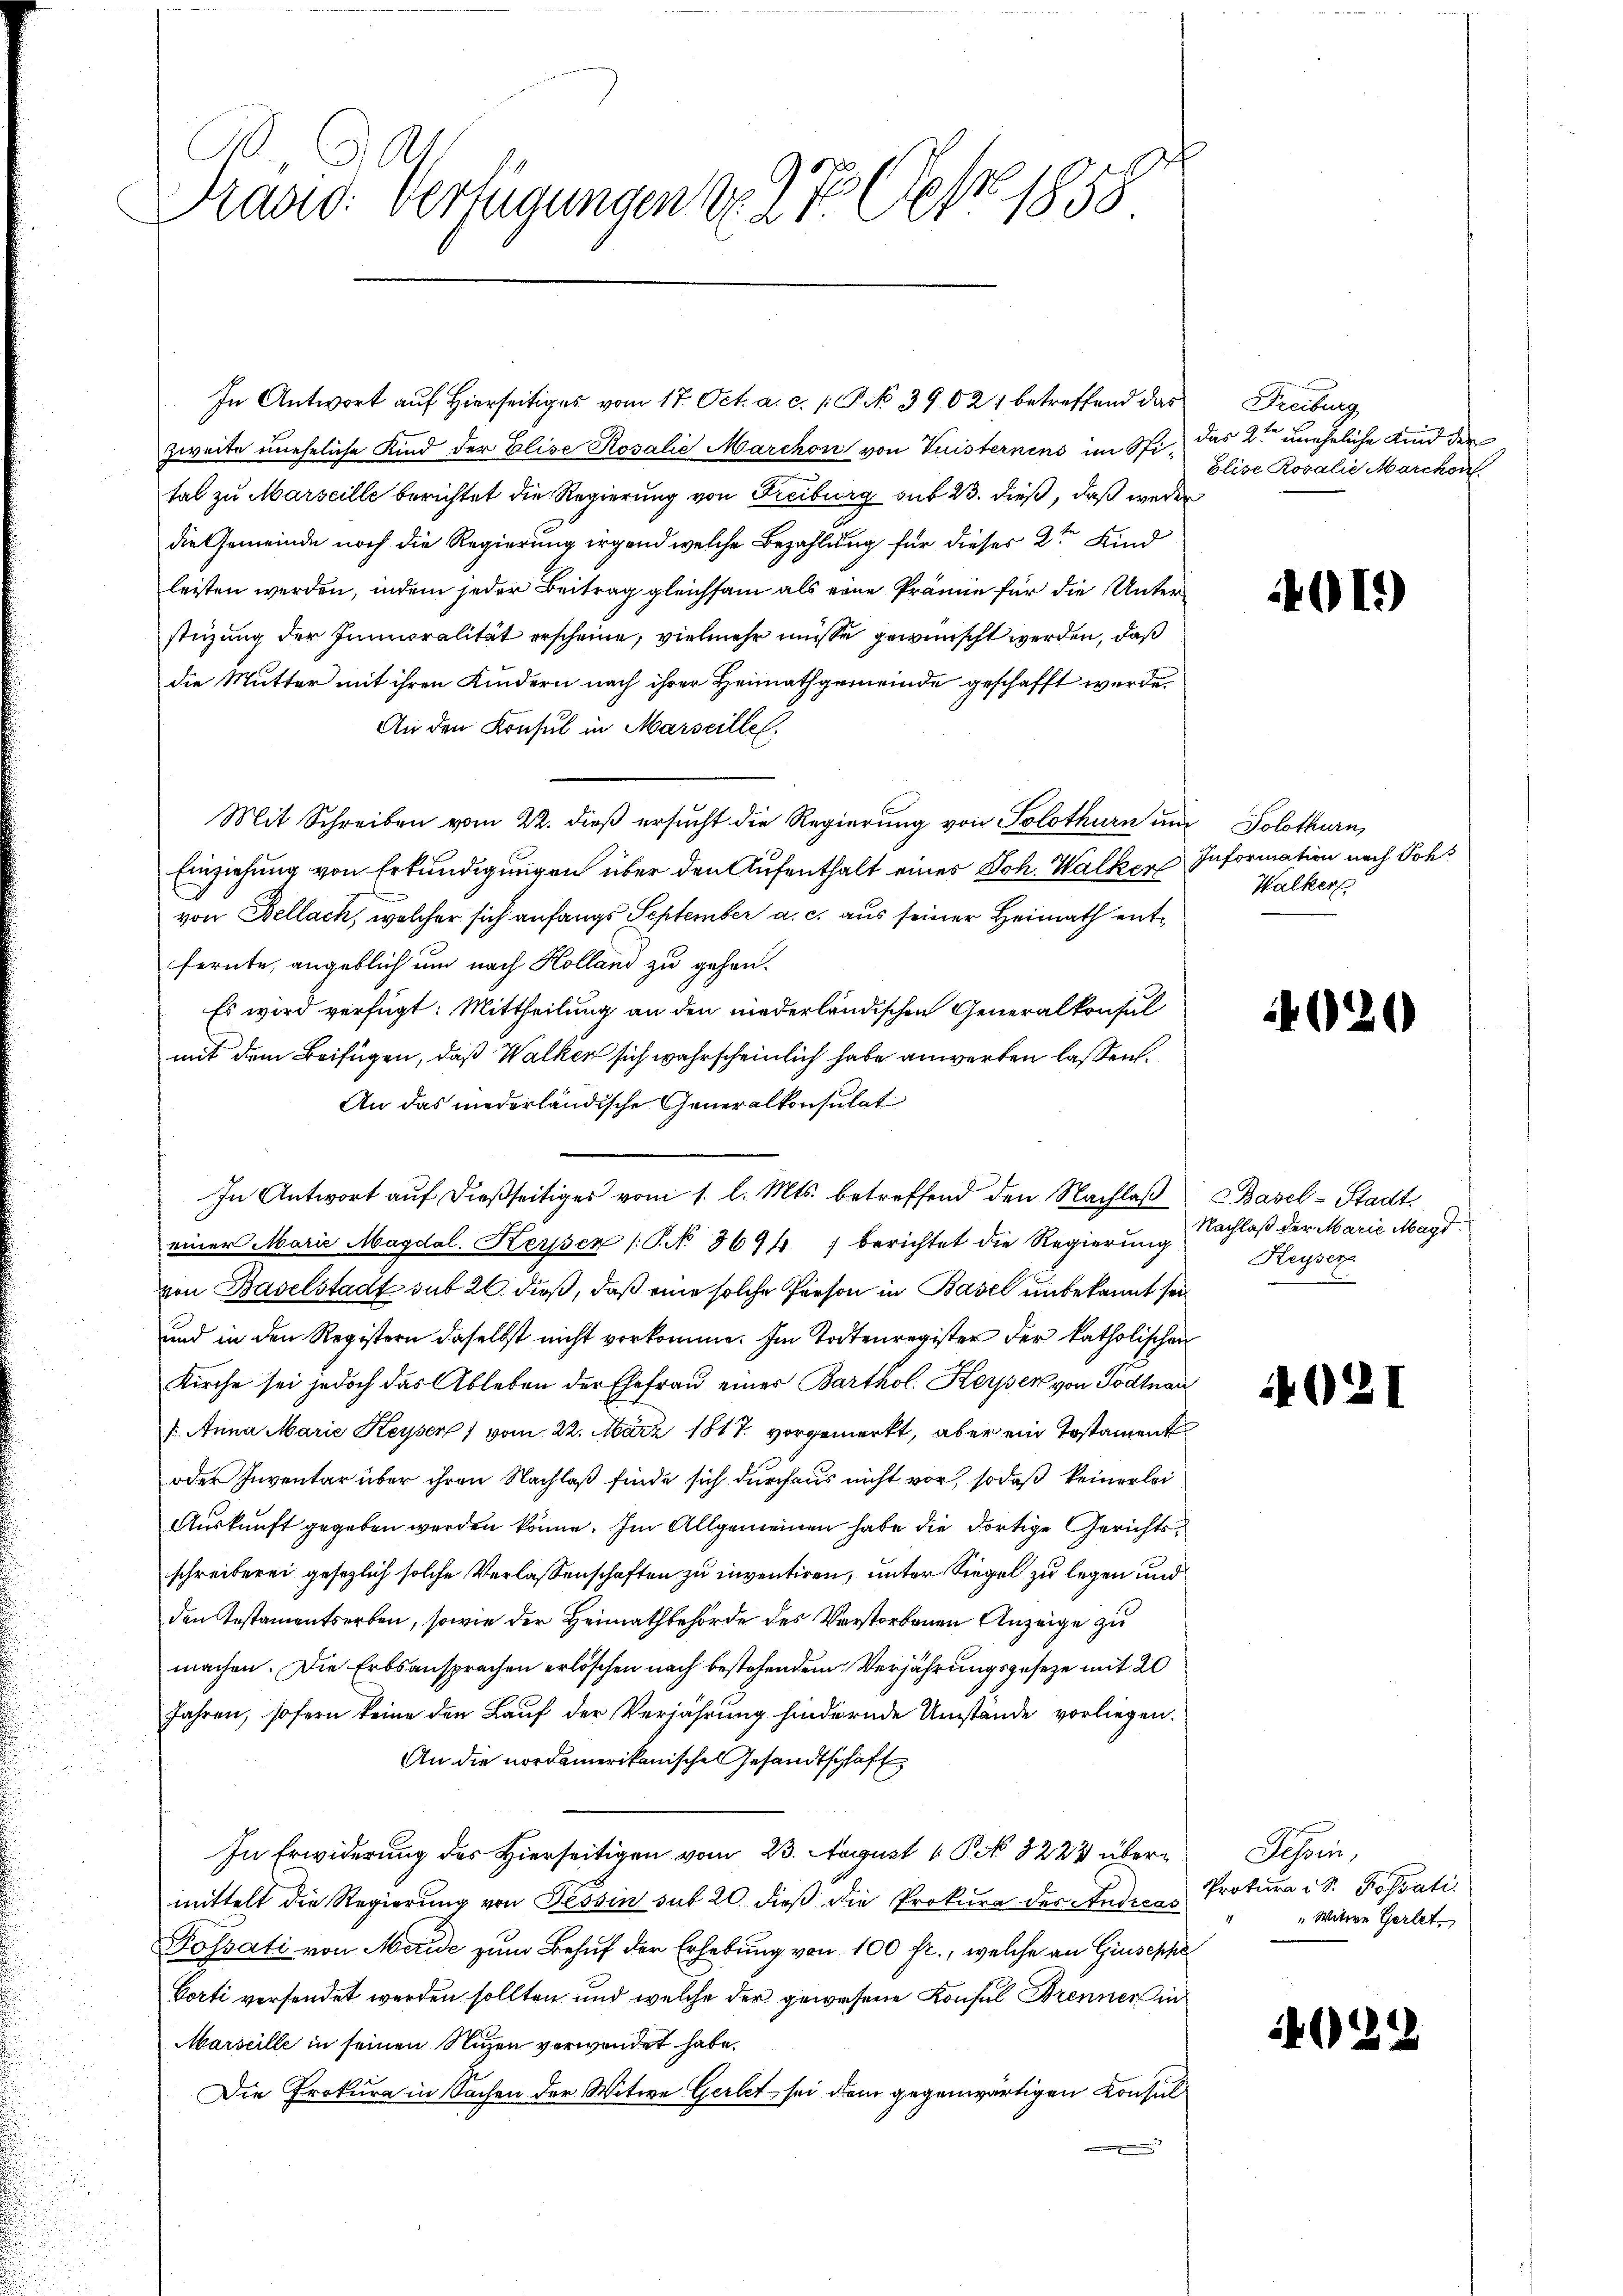
Grand: Verfügungen No. 27. Ces 1858

In Antwort auf Hierseitiges vom 17. Oct. a. c. 1 P. No 39021 betreffend das
zweite uneheliche Kind der Elise Rosalie Marchon von Vuisternens im Spi, das 2te uneheliche Kind der
tal zu Marseille berichtet die Regierung von Freiburg sub 23. dieß, daß weder
die Gemeinde noch die Regierung irgend welche Bezahlung für dieses 2ten Kind
leisten werden, indem jeder Beitrag gleichsam als eine Prämie für die Unterstüzung der Immoralität erscheine, vielmehr müsse gewünscht werden, daß
die Mutter mit ihren Kindern nach ihrer Heimathgemeinde geschafft werde.
An den Konsul in Marseille.
Mit Schreiben vom 22. dieß ersucht die Regierung von Solothurn und Solothurn,
Einziehung von Erkundigungen über den Aufenthalt eines Joh. Walker Information nach Sch
von Bellach, welcher sich anfangs September a. c. aus seiner Heimath entfernte, angeblich um nach Kolland zu gehen.
Es wird verfügt: Mittheilung an den niederländischen Generalkonsul
mit dem Beifügen, daß Walken sich wahrscheinlich habe anwerten lassen.
An das niederländische Generalkonsulat
In Antwort auf dießseitiges vom 1. l. Mts. betreffend den Nachlaβ Basel-Stadt,
einer Marie Magdal-Keyssez /: No 8694. berichtet die Regierŭng Nachlaβ der Marie Magd
von Baselstadt sub 20. dieß, daß eine solche Person in Basel unbekannt sei
und in den Registern daselbst nicht vorkomme. Im Todtenregister der katholischen
Kirche sei jedoch das Ableben der Ehefrau eines Barthol. Keisen von Todtnau
f. Anna Marie Keysen 1 vom 22. März 1817. vorgemerkt, aber ein Testament
oder Inventar über ihren Nachlaß finde sich durchaus nicht vor, sodaß keinerlei
Auskunft gegeben werden könne. Im Allgemeinen habe die dortige Gerichts
schreiberei gesezlich solche Verlassenschaften zu inventiren, unter Siegel zu legen und
den Instamentserben, sowie der Heimathbehörde des Verstorbenen Anzeige zu
machen. Die Erbsansprechen erlöschen nach bestehendem Verjährungsgesetze mit 20
Jahren, sofern keine den Lauf der Verjährung hindernde Umstände vorliegen.
An die nordamerikanischen Gesandtschaft
In Erwiderung des Hierseitigen vom 23. August 1 P 3228 übermittelt die Regierung von Tessin sub 20 dieß die Prokura des Andress
Fossati von Meride zum Behuf der Erhebung von 100 fr., welche an Giuseppe
Corti versendet werden sollten und welche der gewesene Konsul Brenner in
Marseille in seinen Nuzen verwendet habe.
Die Prokura in Sachen der Witwe Gerlet sei dem gegenwärtigen Konsul¬

Freiburg
ölise Rosalie Marchon

01.)

Walker

Keyser

021

Jahren,
Prokura i S. Passati
" Witwe Gerlet

1024

¬